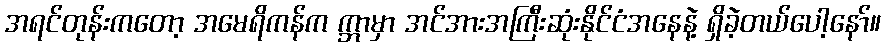
အရင်တုန်းကတော့ အမေရိကန်က က္ဘာမှာ အင်အားအကြီးဆုံးနိုင်ငံအနေနဲ့ ရှိခဲ့တယ်ပေါ့နော်။